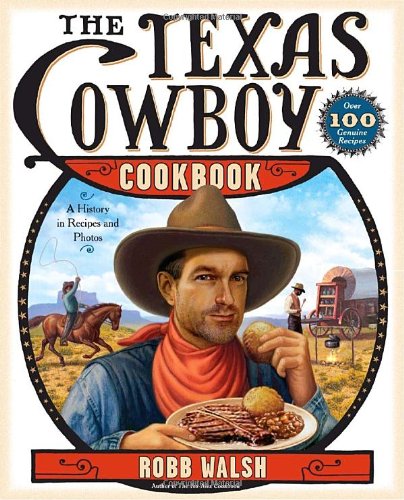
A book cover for The Texas Cowboy Cookbook: A History in Recipes and Photos; Robb Walsh; Cookbooks, Food & Wine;